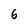
Character: 6